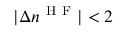
| \Delta n ^ { \mathrm { ~ H ~ F ~ } } | < 2